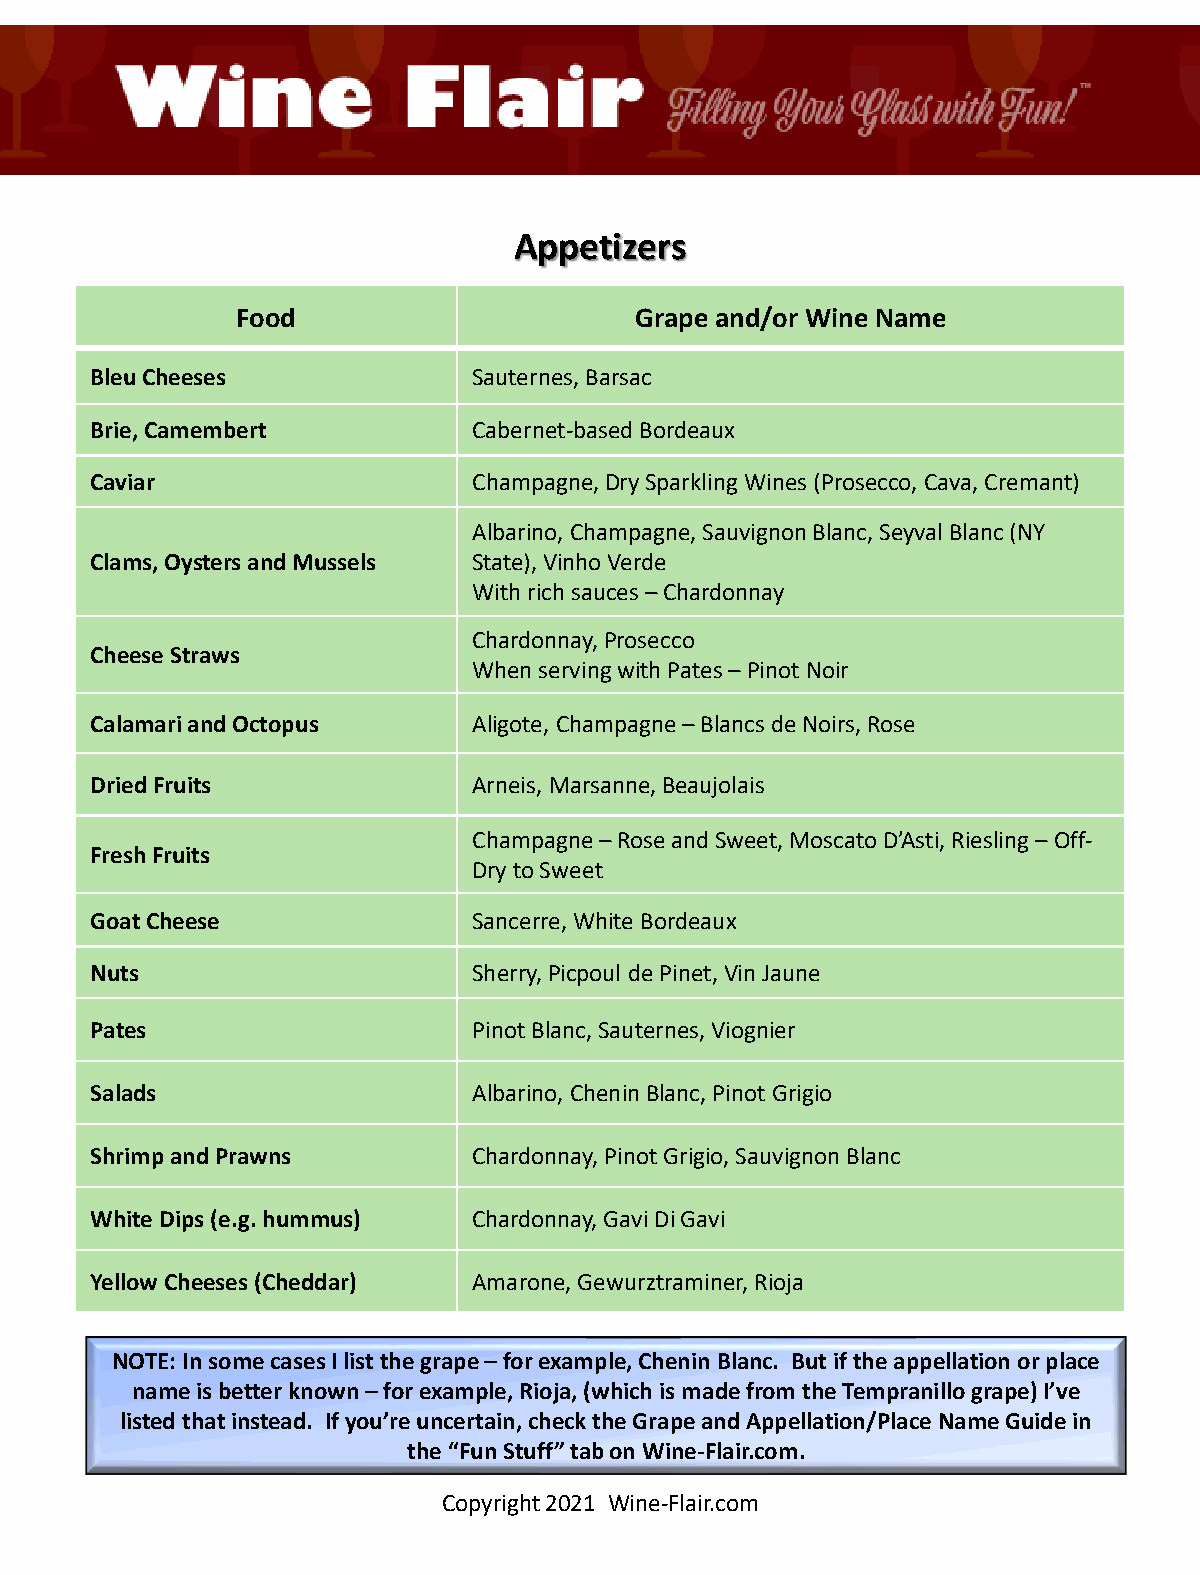
Appetizers
 Food                      Grape and/or Wine Name
 Bleu Cheeses             Sauternes, Barsac
 Brie, Camembert          Cabernet-based Bordeaux
 Caviar                   Champagne,Dry Sparkling Wines (Prosecco, Cava, Cremant)
 Albarino, Champagne,Sauvignon Blanc, SeyvalBlanc (NY
 Clams, Oysters and Mussels State), Vinho Verde
 With rich sauces –Chardonnay
 Chardonnay,Prosecco
 Cheese Straws
 When serving with Pates–Pinot Noir
 Calamari and Octopus     Aligote, Champagne –Blancsde Noirs, Rose
 Dried Fruits             Arneis,Marsanne,Beaujolais
 Champagne –Rose and Sweet, Moscato D’Asti, Riesling –Off-
 Fresh Fruits
 Dry to Sweet
 Goat Cheese              Sancerre, White Bordeaux
 Nuts                     Sherry,Picpoul de Pinet,Vin Jaune
 Pates                    PinotBlanc, Sauternes, Viognier
 Salads                   Albarino, Chenin Blanc, Pinot Grigio
 Shrimp and Prawns        Chardonnay, Pinot Grigio, Sauvignon Blanc
 White Dips (e.g.hummus)  Chardonnay, Gavi Di Gavi
 Yellow Cheeses (Cheddar) Amarone, Gewurztraminer, Rioja
 NOTE: In some casesI list the grape –for example, Chenin Blanc. But if the appellation or place
 name is better known –for example, Rioja, (which is made from the Tempranillo grape) I’ve
 listed that instead. If you’re uncertain, check the Grape and Appellation/Place Name Guide in
 the “Fun Stuff” tab on Wine-Flair.com.
 Copyright 2021 Wine-Flair.com